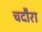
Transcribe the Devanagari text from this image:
चदौरा